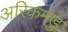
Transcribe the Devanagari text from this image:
अरिकमेडु